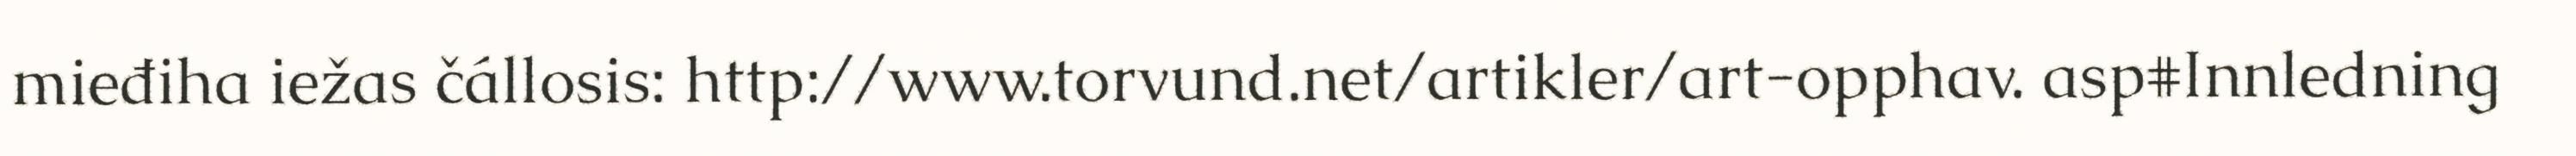
mieđiha iežas čállosis: http://www.torvund.net/artikler/art-opphav. asp#Innledning